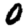
Digit: 0